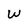
Character: W